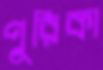
পূরিকা